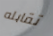
تقابله